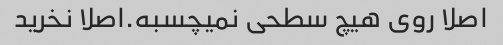
اصلا روی هیچ سطحی نمیچسبه.اصلا نخرید